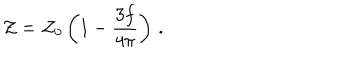
LaTeX: { \cal Z } = { \cal Z } _ { 0 } \left( 1 - \frac { 3 f } { 4 \pi } \right) \, .